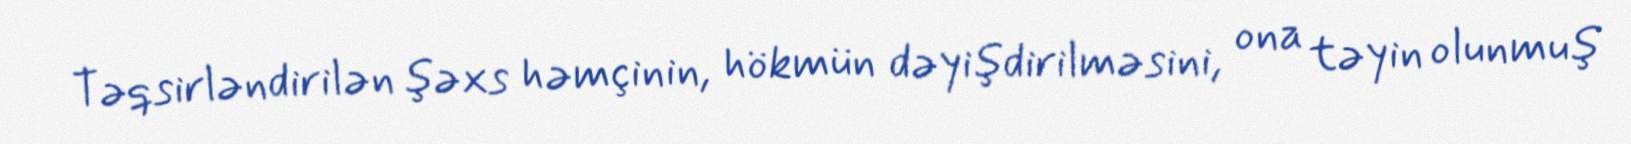
Təqsirləndirilən şəxs həmçinin, hökmün dəyişdirilməsini, ona təyin olunmuş